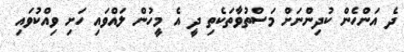
ދެ އަންހެން ކުދިންނަށް މަސްތުވާތަކެތި ދީ އެ މީހުން ލައްވައި ހަށި ވިއްކުވައި